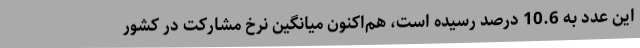
این عدد به 10.6 درصد رسیده است، هم‌اکنون میانگین نرخ مشارکت در کشور